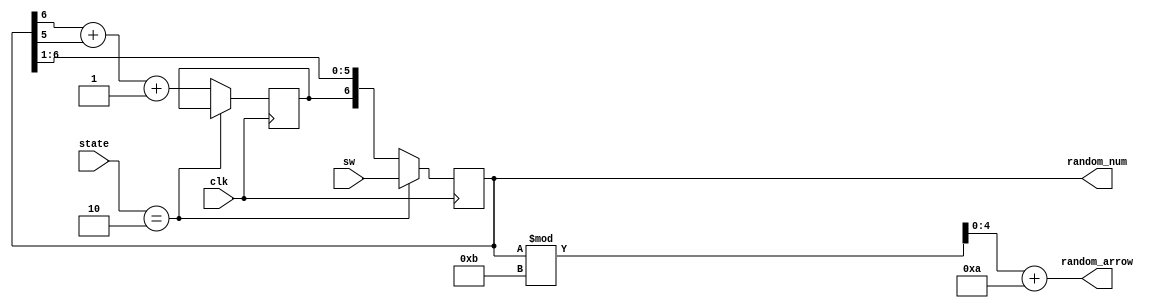
`timescale 1ns / 1ps

module random
(clk, sw, state,random_num,random_arrow);

input clk;
input [1:0] state;
input [6:0] sw;
output [6:0] random_num;
output [4:0] random_arrow;
parameter Resetstate = 2;
//HIHI
reg [6:0] RandomR;
reg Re;

always @ (posedge clk)
begin
    if(state == Resetstate)
        RandomR <= sw;
    else begin
        //generate new number
        Re <= random_num[6] + RandomR[6-1] + 1;
       RandomR <= {Re, RandomR[6:1]};
    end
end


assign random_num = RandomR;
assign random_arrow = (RandomR % 11) + 10;

endmodule